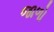
જાળો